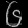
Digit: ၆